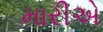
મારીએ